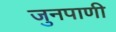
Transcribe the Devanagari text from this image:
जुनपाणी